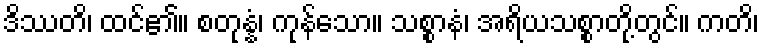
ဒိဿတိ၊ ထင်၏။ စတုန္နံ၊ ကုန်သော။ သစ္စာနံ၊ အရိယသစ္စာတို့တွင်။ ကတိ၊